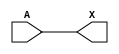
module sky130_fd_sc_hvl__lsbuflv2hv_symmetric_2 (
    X,
    A
);
    output X;
    input  A;
    buf buf0 (X     , A              );
endmodule